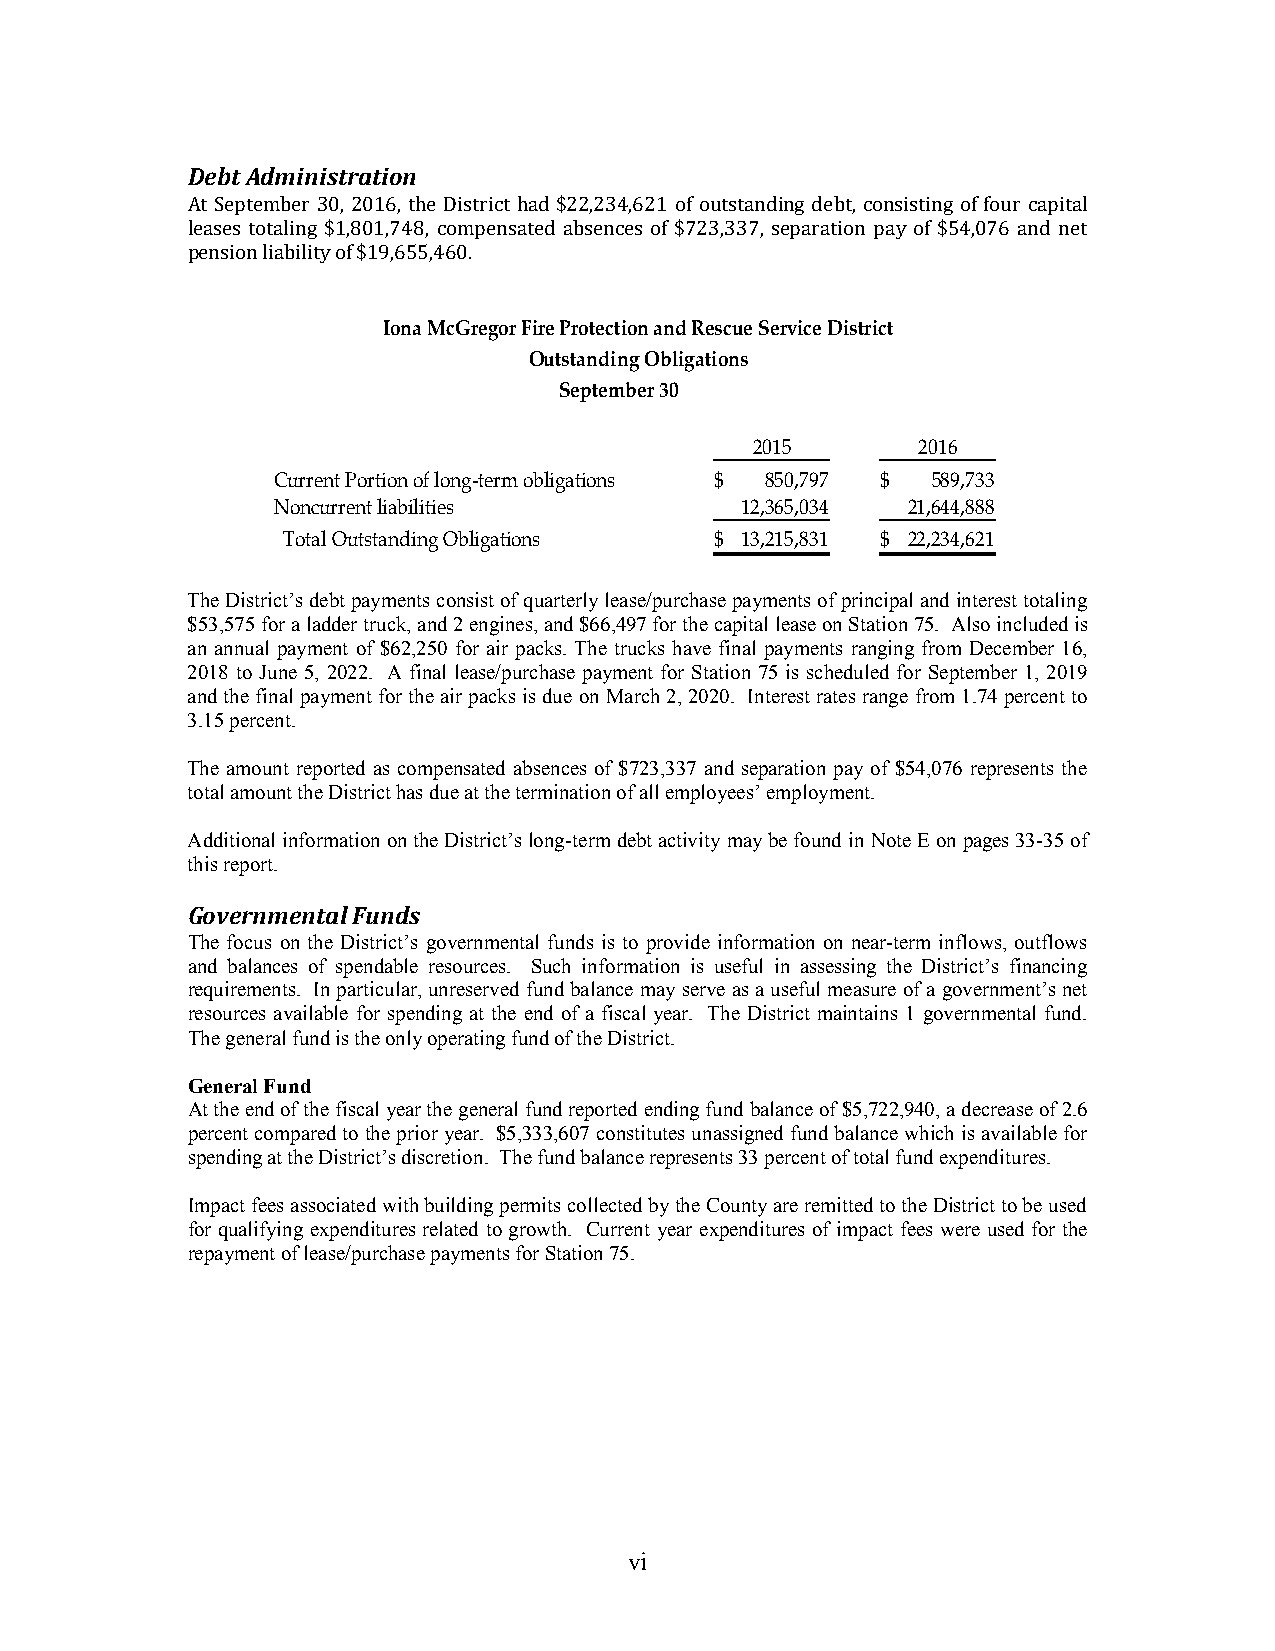
Debt Administration
 At September 30, 2016, the District had $22,234,621 of outstanding debt, consisting of four capital
 leases totaling $1,801,748, compensated absences of $723,337, separation pay of $54,076 and net
 pension liability of $19,655,460.
 Iona McGregor Fire Protection and Rescue Service District
 Outstanding Obligations
 September 30
 2015       2016
 Current Portion of long-term obligations $ 850,797 $ 589,733
 Noncurrent liabilities         12,365,034 21,644,888
 Total Outstanding Obligations $ 13,215,831 $ 22,234,621
 The District’s debt payments consist of quarterly lease/purchase payments of principal and interest totaling
 $53,575 for a ladder truck, and 2 engines, and $66,497 for the capital lease on Station 75. Also included is
 an annual payment of $62,250 for air packs. The trucks have final payments ranging from December 16,
 2018 to June 5, 2022. A final lease/purchase payment for Station 75 is scheduled for September 1, 2019
 and the final payment for the air packs is due on March 2, 2020. Interest rates range from 1.74 percent to
 3.15 percent.
 The amount reported as compensated absences of $723,337 and separation pay of $54,076 represents the
 total amount the District has due at the termination of all employees’ employment.
 Additional information on the District’s long-term debt activity may be found in Note E on pages 33-35 of
 this report.
 Governmental Funds
 The focus on the District’s governmental funds is to provide information on near-term inflows, outflows
 and balances of spendable resources. Such information is useful in assessing the District’s financing
 requirements. In particular, unreserved fund balance may serve as a useful measure of a government’s net
 resources available for spending at the end of a fiscal year. The District maintains 1 governmental fund.
 The general fund is the only operating fund of the District.
 General Fund
 At the end of the fiscal year the general fund reported ending fund balance of $5,722,940, a decrease of 2.6
 percent compared to the prior year. $5,333,607 constitutes unassigned fund balance which is available for
 spending at the District’s discretion. The fund balance represents 33 percent of total fund expenditures.
 Impact fees associated with building permits collected by the County are remitted to the District to be used
 for qualifying expenditures related to growth. Current year expenditures of impact fees were used for the
 repayment of lease/purchase payments for Station 75.
 vi